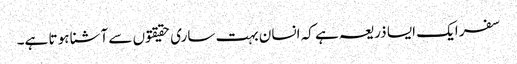
سفر ایک ایسا ذریعہ ہے کہ انسان بہت ساری حقیقتوں سے آشنا ہو تا ہے۔